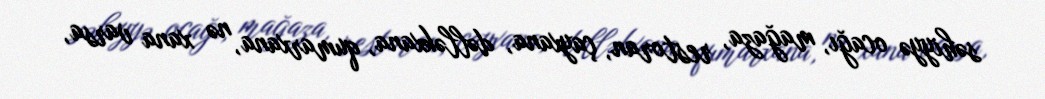
səhiyyə ocağı, mağaza, restoran, çayxana, dəlləkxana, qumarxana, nə xana varsa,